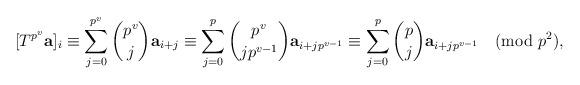
LaTeX: \begin{align*} [T^{p^v}\textbf{a}]_i&\equiv\sum_{j=0}^{p^v} \binom{p^v}{j} \textbf{a}_{i+j}\equiv\sum_{j=0}^{p} \binom{p^v}{jp^{v-1}} \textbf{a}_{i+jp^{v-1}} \equiv \sum_{j=0}^{p} \binom{p}{j} \textbf{a}_{i+jp^{v-1}}\pmod{p^2},\end{align*}